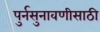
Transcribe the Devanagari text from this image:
पुर्नसुनावणीसाठी